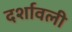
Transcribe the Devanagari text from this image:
दर्शावली